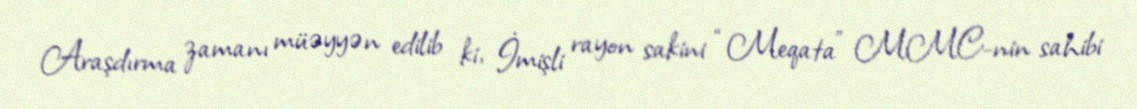
Araşdırma zamanı müəyyən edilib ki, İmişli rayon sakini “Meqata” MMC-nin sahibi